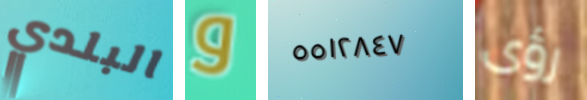
البلدي و ٥٥١٢٨٤٧ رؤى